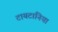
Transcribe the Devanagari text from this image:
टायटानिया